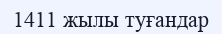
1411 жылы туғандар